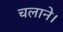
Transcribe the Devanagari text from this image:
चलाने।